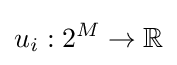
u_{i}:2^{M}\to \mathbb {R}